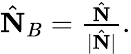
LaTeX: \begin{array}{r}{\hat{\mathbf N}_{B}=\frac{\hat{\mathbf N}}{|\hat{\mathbf N}|}.}\end{array}